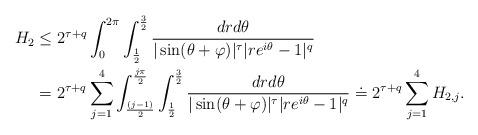
LaTeX: \begin{align*}H_{2} & \leq 2^{\tau+q}\int_{0}^{2\pi}\int_{\frac{1}{2}}^{\frac{3}{2}}\frac{dr d\theta}{|\sin(\theta+\varphi)|^{\tau}|re^{i\theta}-1|^{q}}\\&=2^{\tau+q}\sum_{j=1}^4\int_{\frac{(j-1)}{2}}^{\frac{j\pi}{2}}\int_{\frac{1}{2}}^{\frac{3}{2}}\frac{dr d\theta}{|\sin(\theta+\varphi)|^{\tau}|re^{i\theta}-1|^{q}}\doteq2^{\tau+q}\sum_{j=1}^4H_{2,j}.\end{align*}